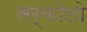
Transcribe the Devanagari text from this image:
सर्कोलो